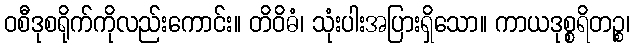
ဝစီဒုစရိုက်ကိုလည်းကောင်း။ တိဝိဓံ၊ သုံးပါးအပြားရှိသော။ ကာယဒုစ္စရိတဉ္စ၊